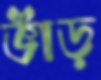
ভাঁড়